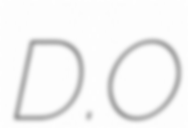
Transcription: D.O